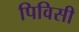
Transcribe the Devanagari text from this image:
पिविसी